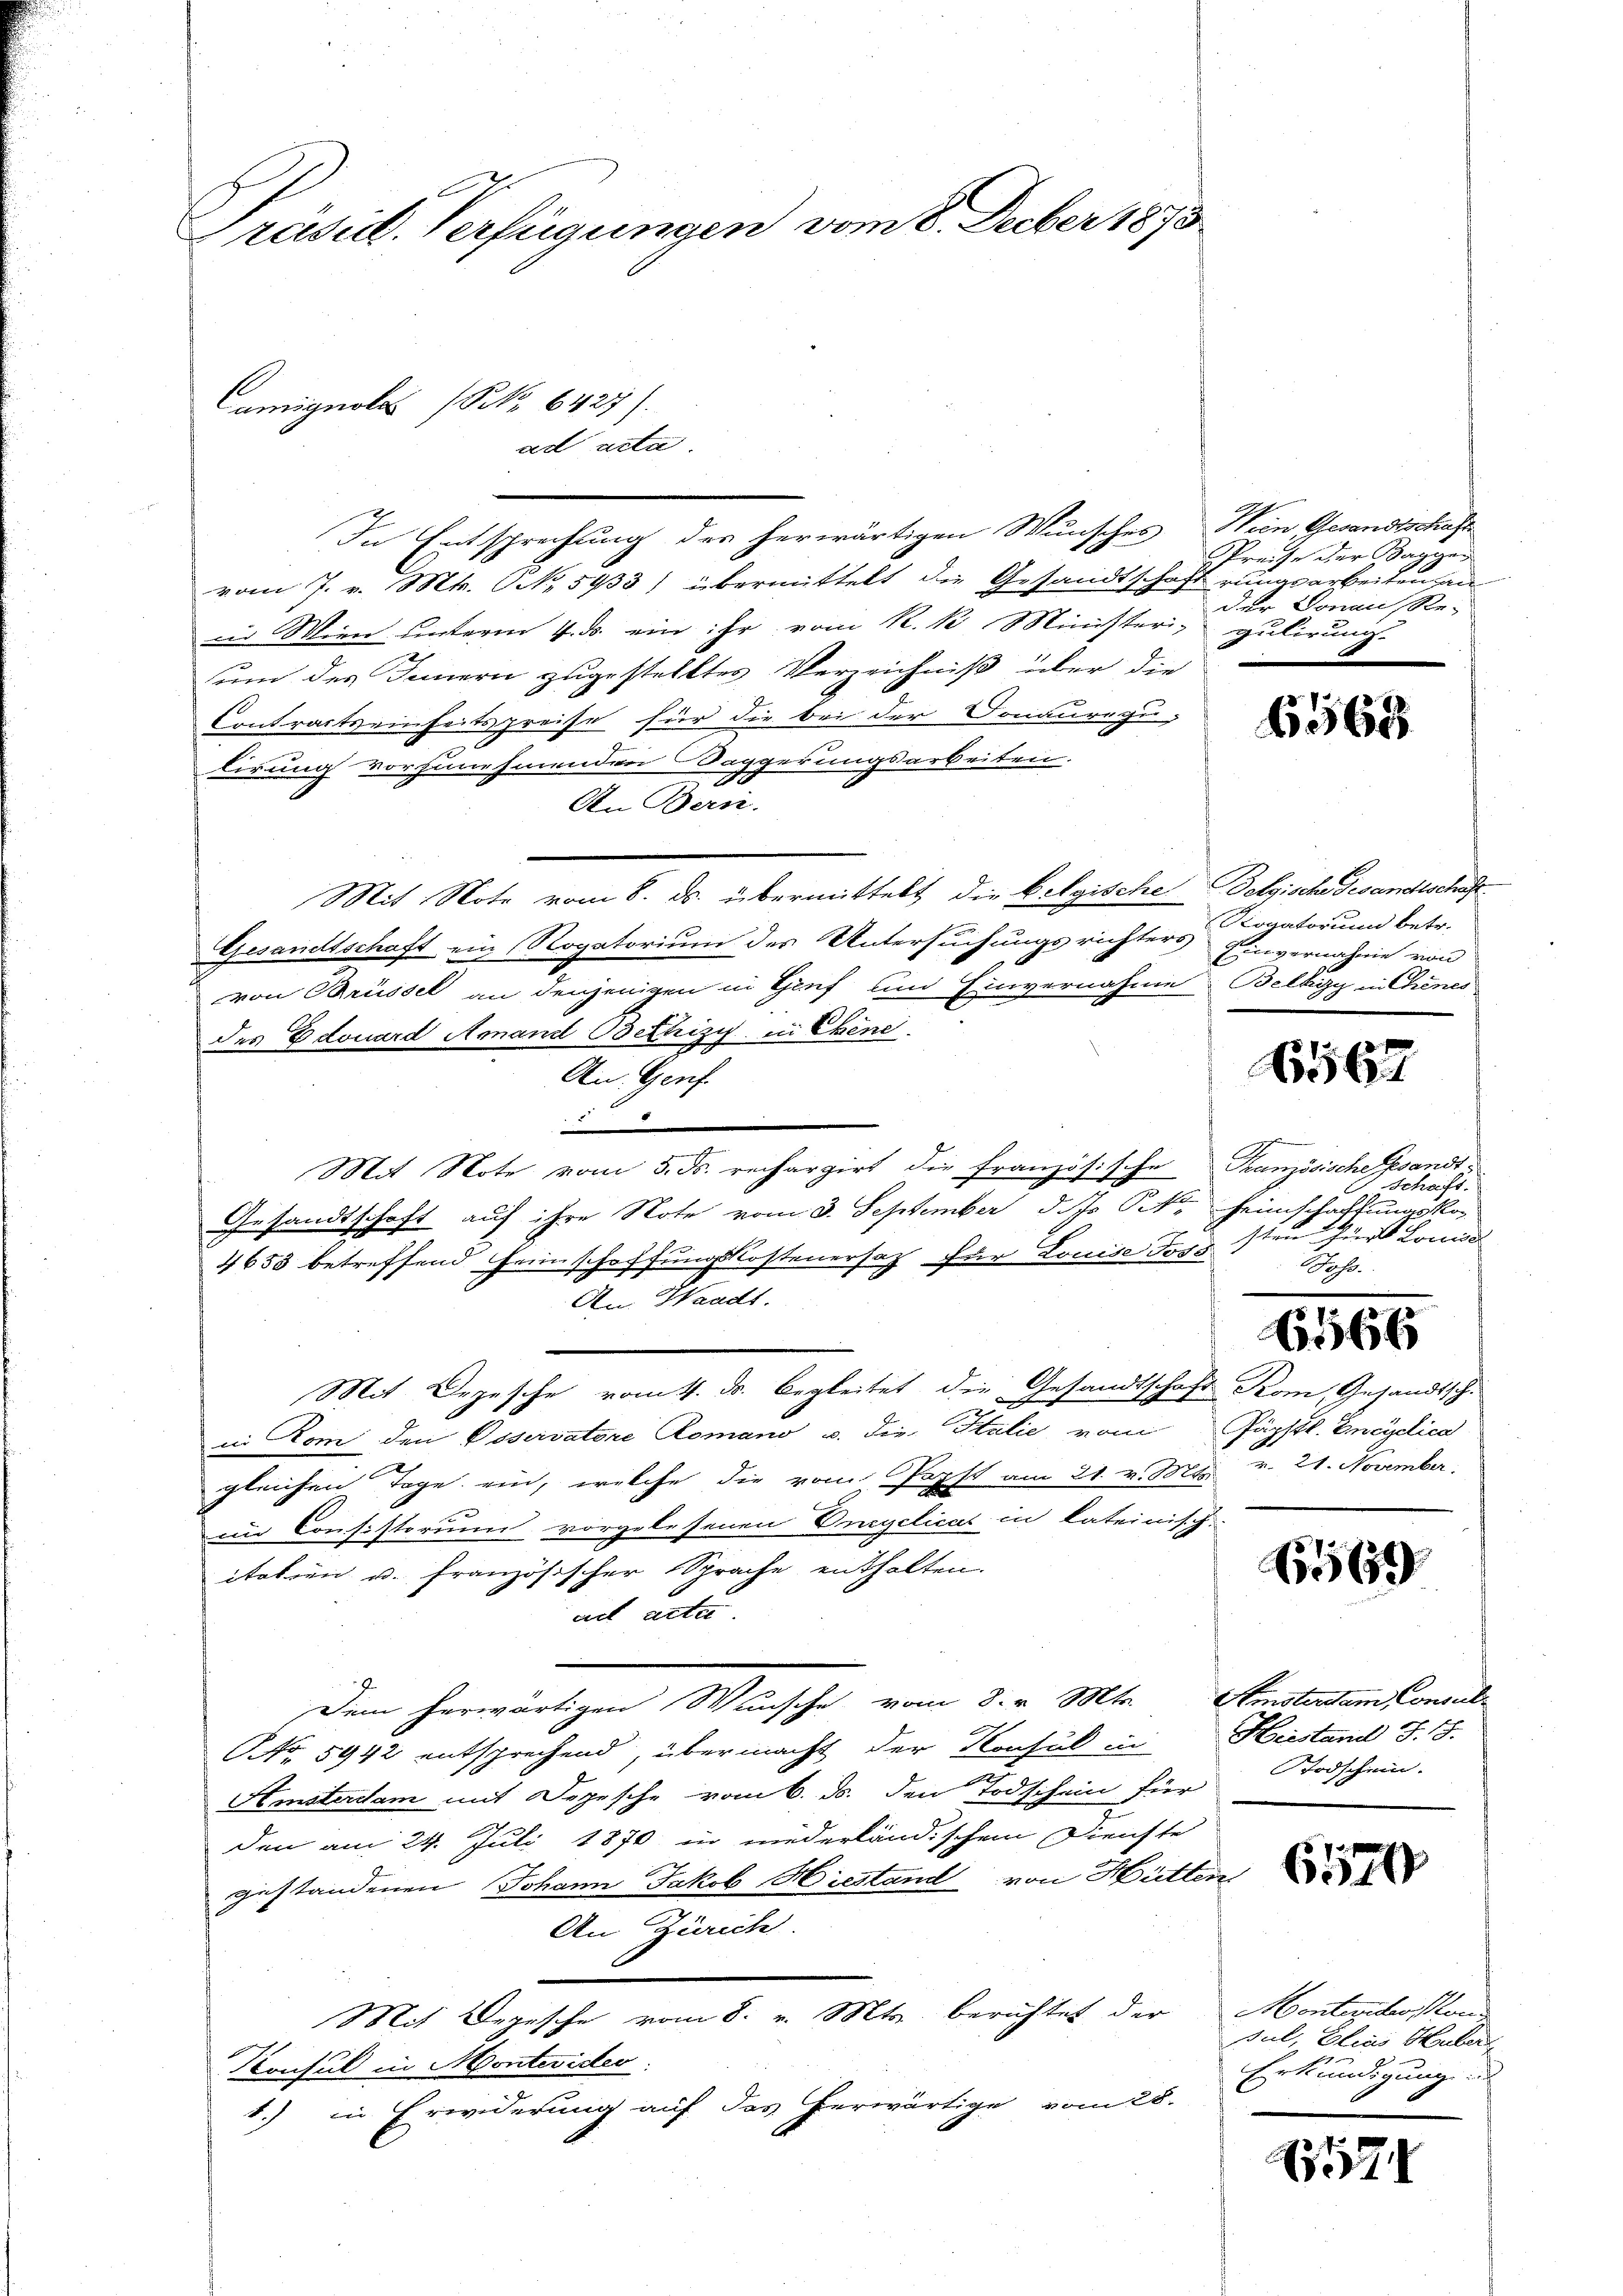
Präsid. Verfügungen vom 8. Feber 1873.
Camignolas (S. 6427).
ad acta.

In Entsprechung des herwärtigen Wunsches Wien Gesandtschafte
vom 7. v. Mts. No 5933) übermittelt die Gesandtschaft rungsarbeiten au
in Wien unterm 4. ds. ein ihr vom K. K. Ministeri, gulirung
um des Innern zugestelltes Verzeichniß über die
Contractseinheitspreise für die bei der Donauregu-
tirung vorzunehmenden Saggerungsarbeiten.
An Bern
Mit Note vom 8. ds. übermittelt die belgische Belgische Gesandtschaft
Gesandtschaft ein Rogatorium des Untersuchungsrichters Einvernahme von
von Brüssel an denjenigen in Genf und Einvernahme Belkizy in Chenes
des Edouard Amand Bethizy in Ebene
An Genf.
.
Mit Note vom 5. ds. rechargirt die französische Französische Gesandt¬
Gesandtschaft auf ihre Note vom 3. September d. Js. k. Heimschaftungskos
4653 betreffend Heimschaffungskostenersatz für Louise dass sten für Louise
An Waadt.
Mit Depesche vom 4. d. Begleitet die Gesandtschaft Rom, Gesandtsch.
in Rom den Poservatore Comano u. die Italie vom Fürstl. Encyclica
gleichen Tage ein, welche die vom Popst am 21. v. Mts.
im Consistorium vorgelesenen Engelicat in lateinisch-
italien u. französischer Sprache enthalten.
ad acta.
Dem herwärtigen Wunsche vom 8. v. Mts. Amsterdam Consul
NNo. 5942 entsprechend, übermacht der Konsul in Hiestand S. 18.
Amsterdam mit Depesche vom 6. ds. den Todschein für
den am 24. Juli 1870 in niederländischen Dienste
gestandenen Johann Jakob Hiestand von Hütten
An Zürich.
Mit Depesche vom 8. v. Mts. berichtet der
Konsul in Montevider
1.) in Erwiderung auf das herwärtige vom 28.

Preise der Baggen
der Donau Re-

6568.

Rogatorum betr.

1567

Schaft.
Johs.

6566

do 21. November.

6569

Stodschein.

6570

Montiget son
Jul, Elias Huber
Erkundigung d
.

7